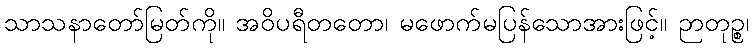
သာသနာတော်မြတ်ကို။ အဝိပရီတတော၊ မဖောက်မပြန်သောအားဖြင့်။ ဉာတုဉ္စ၊